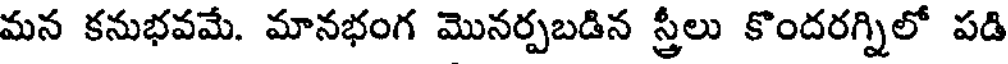
మన కనుభవమే. మానభంగ మొనర్పబడిన స్త్రీలు కొందరగ్నిలో పడి